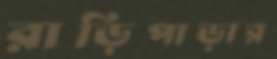
রাড়িপাড়ার